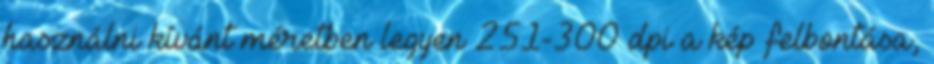
használni kívánt méretben legyen 251-300 dpi a kép felbontása,